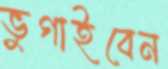
ভুগাইবেন